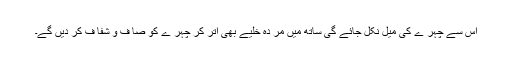
اس سے چہر ے کی میل نکل جائے گی ساتھ میں مر دہ خلیے بھی اتر کر چہر ے کو صا ف و شفا ف کر دیں گے۔